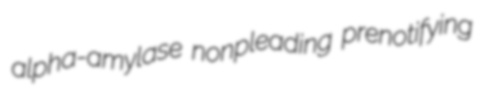
alpha-amylase nonpleading prenotifying